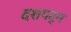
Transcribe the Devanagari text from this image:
दशपद्म